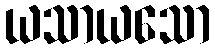
ယသာယသော